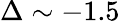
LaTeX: \Delta\sim-1.5